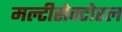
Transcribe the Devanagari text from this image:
मल्टीसेक्टोरल